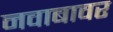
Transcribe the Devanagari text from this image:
नवाबावर